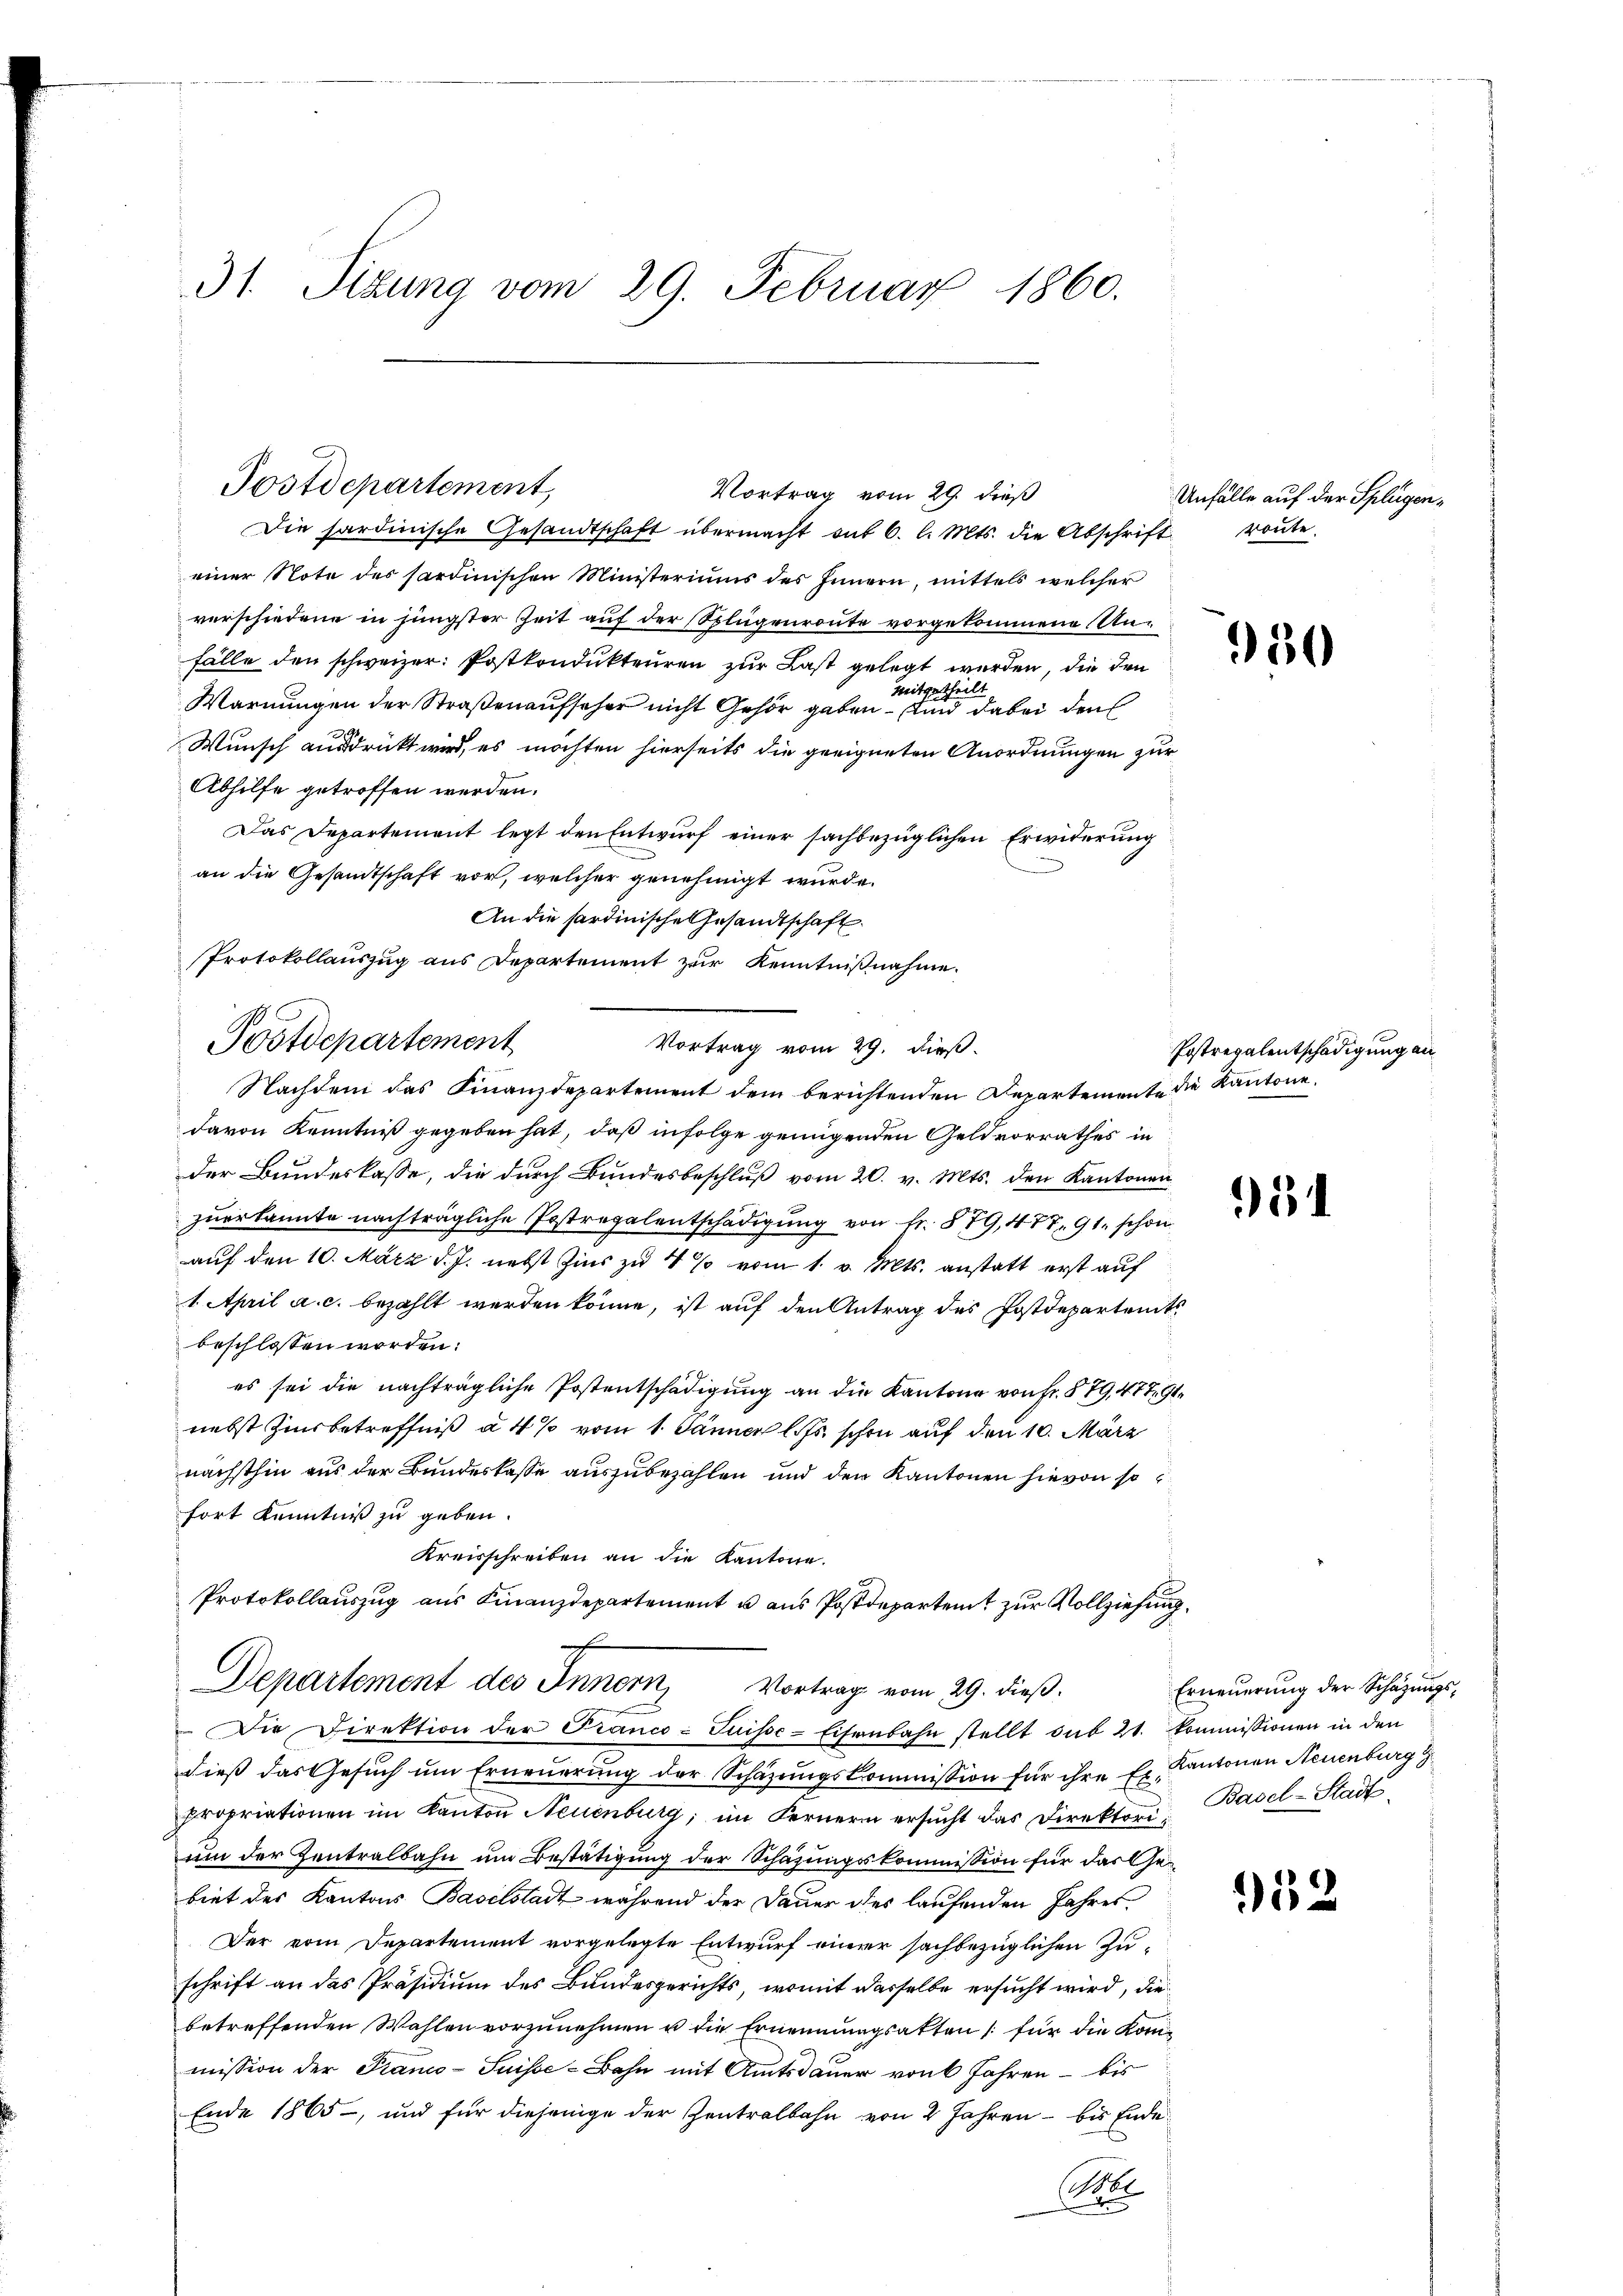
31. Sizung vom 29. Februar 1860.

Die sardinische Gesandtschaft übermacht mit 6. l. Mts. die Abschrift roṅte.
einer Note des sardinischen Ministeriums des Innern, mittels welcher
verschiedene in jüngster Zeit auf der Splügenroute vorgekommene Unfälle den schweizer Postkondukteuren zur Last gelegt werden, die den
Mitgetheil
Warnungen der Straßenaufseher nicht Gehör geben – und dabei den
Wunsch ausdrückt wird, es möchten hierseits die geeigneten Anordnungen zur
Abhilfe getroffen werden.
Das Departement legt den Entwurf einer sachbezüglichen Erwiderung
an die Gesandtschaft vor, welcher genehmigt wurde.
An die hardinische Gesandtschaft
Protokollauszug aus Departement zur Kenntnißnahme.
Vortrag vom 29. dieß.
Nachdem das Finanzdepartement dem berichtenden Departemente die Kantone.
davon Kenntniß gegeben hat, daß infolge genügenden Geldvorrathes in
der Bundeskasse, die durch Bundesbeschluß vom 20. v. Mts. den Kantonen
zuerkannte nachträgliche Postregalentschädigung von Fr. 579, 477. 91. schon
auf den 10. März d. J. nebst Zins zu 4 % vom 1. v. Mts. anstatt erst auf
1. April a. c. bezahlt werden könne, ist auf den Antrag des Postdepartent
beschlossen worden:
 es sei die nachträgliche Postentschädigung an die Kantone von Fr. § 79, 477, 91
nebst Zinsbetreffniß à 4% vom 1. Jänner l. Js. schon auf den 10. März
nächsthin aus der Bundeskasse auszubezahlen und den Kantonen hievon so
fort Kenntniß zu geben.
Kreisschreiben an die Kantone.
Protokollauszug aus Finanzdepartement u aus Postdepartent zur Vollziehung
Departement des Innern Vortrag vom 29. dieß:
Die Direktion der Franco-Suisse-Eisenbahn stellt sub 21. Kommissionen in den
dieβ das Gesŭch ŭm Erneŭerŭng der Schäzŭngskommission für ihre Er. Kantonen Neuenburg g
propriationen im Kanton Neuenburg, im Fernern ersucht das Direktori
um der Zentralbahn um Bestätigung der Schazungskommission für das Gebiet des Kantons Baselstadt während der Dauer des laufenden Jahres¬
Der vom Departement vorgelegte Entwurf einer sachbezüglichen Zuschrift an das Präsidium des Bundesgerichts, womit dasselbe ersucht wird, die
betreffenden Wahlen vorzunehmen u die Ernennungsakten für die Kon-
mission der Franco-Suisse-Bahn mit Amtsdauer von 6 Jahren - bis
Ende 1865, und für diejenige der Zentralbahn von 2 Jahren - bis Ende
Obe

Postdepartement,
Vortrag vom 29. dieß

Postdepartement

Unfälle auf der Splügen¬

950

Postregalentschädigung an

5

Erneuerung der Schazungs¬
Basel-Stadt.

52